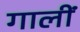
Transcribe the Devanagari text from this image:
गालीं